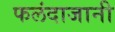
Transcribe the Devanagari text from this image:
फलंदाजानी